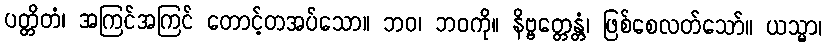
ပတ္တိတံ၊ အကြင်အကြင် တောင့်တအပ်သော။ ဘဝ၊ ဘဝကို။ နိဗ္ဗတ္တေန္တံ၊ ဖြစ်စေလတ်သော်။ ယသ္မာ၊